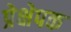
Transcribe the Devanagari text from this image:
प्रेक्षेपक